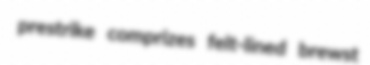
prestrike comprizes felt-lined brewst